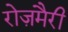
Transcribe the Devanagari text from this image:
रोज़मैरी